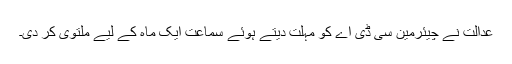
عدالت نے چیئرمین سی ڈی اے کو مہلت دیتے ہوئے سماعت ایک ماہ کے لیے ملتوی کر دی۔